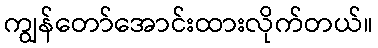
ကျွန်တော်အောင်းထားလိုက်တယ်။